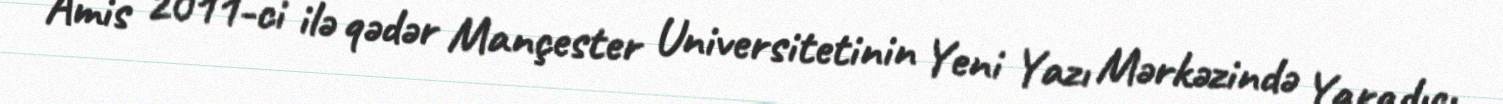
Amis 2011-ci ilə qədər Mançester Universitetinin Yeni Yazı Mərkəzində Yaradıcı